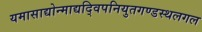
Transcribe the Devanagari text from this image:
यमासाद्योन्माद्यद्विपनियुतगण्डस्थलगल